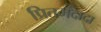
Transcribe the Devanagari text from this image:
प्रितमदादा